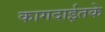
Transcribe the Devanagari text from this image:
कागदाईतके